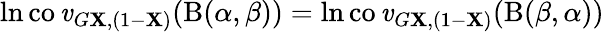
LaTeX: \ln\operatorname{co\mathit{v}}_{G\mathbf{X},(1-\mathbf{X})}(\mathrm{{B}}(\alpha,\beta))=\ln\operatorname{co\mathit{v}}_{G\mathbf{X},(1-\mathbf{X})}(\mathrm{{B}}(\beta,\alpha))